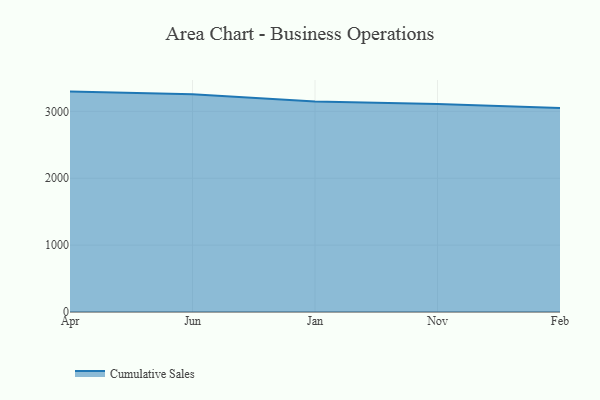
{"axis": {"x": "Month", "y": "Satisfaction Score"}, "legend": ["Cumulative Sales"], "data": [{"x": "Apr", "y": 3295.6, "type": "Cumulative Sales"}, {"x": "Jun", "y": 3255.9, "type": "Cumulative Sales"}, {"x": "Jan", "y": 3148.4, "type": "Cumulative Sales"}, {"x": "Nov", "y": 3110.8, "type": "Cumulative Sales"}, {"x": "Feb", "y": 3049.5, "type": "Cumulative Sales"}]}